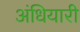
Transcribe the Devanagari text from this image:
अंधियारी